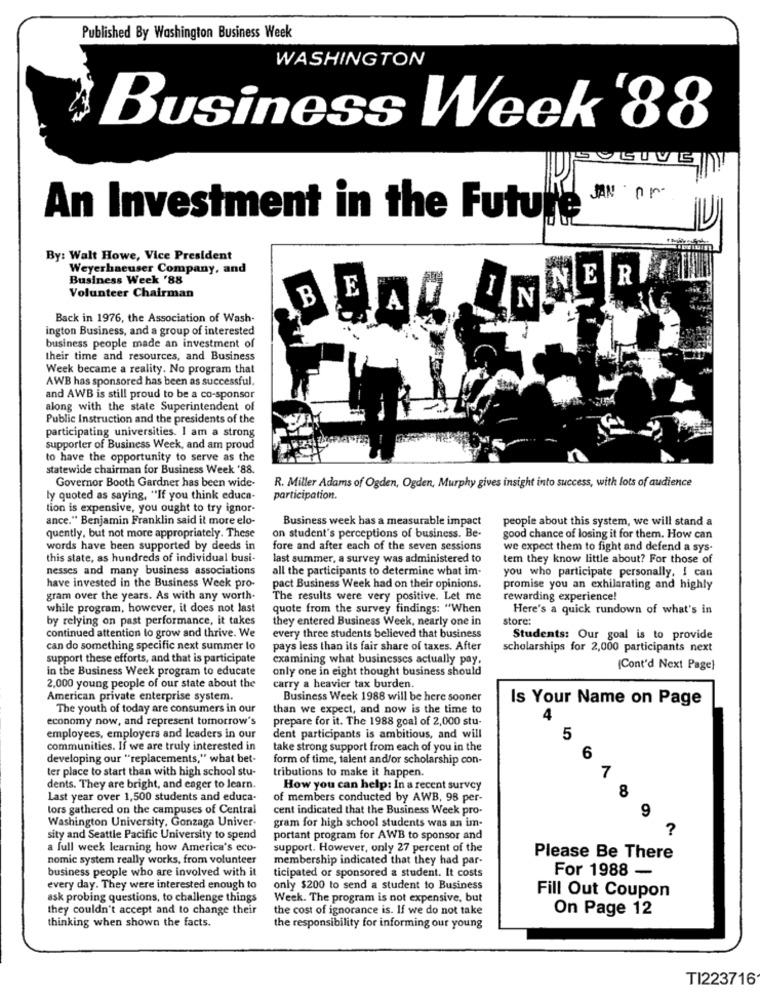
Published By Washington Business Week
WASHINGTON
Business Week '88
JAN Ar
An Investment in the Futu
By: Walt Howe, Vice President
Weyerhaeuser Company, and
Business Week '88
NE
A
Volunteer Chairman
IN.
Back in 1976, the Association of Wash-
ington Business, and a group of interested
business people made an investment of
their time and resources, and Business
Week became a reality. No program that
AWB has sponsored has been as successful.
and AWB is still proud to be a co-sponsor
along with the state Superintendent of
Public Instruction and the presidents of the
participating universities. I am a strong
supporter of Business Week, and am proud
to have the opportunity to serve as the
statewide chairman for Business Week '88.
Governor Booth Gardner has been wide-
R. Miller Adams of Ogden, Ogden, Murphy gives insight into success, with lots of audience
ly quoted as saying, "If you think educa-
participation.
tion is expensive, you ought to try ignor-
ance." Benjamin Franklin said it more elo-
Business week has a measurable impact
people about this system, we will stand a
quently, but not more appropriately. These
on student's perceptions of business. Be-
good chance of losing it for them. How can
words have been supported by deeds in
fore and after each of the seven sessions
we expect them to fight and defend a sys-
this state, as hundreds of individual busi-
last summer, a survey was administered to
tem they know little about? For those of
nesses and many business associations
all the participants to determine what im-
you who participate personally. I can
have invested in the Business Week pro-
pact Business Week had on their opinions.
promise you an exhilarating and highly
gram over the years. As with any worth-
The results were very positive. Let me
rewarding experience!
while program, however, it does not last
quote from the survey findings: "When
Here's a quick rundown of what's in
by relying on past performance, it takes
they entered Business Week, nearly one in
store:
continued attention to grow and thrive. We
every three students believed that business
Students: Our goal is to provide
can do something specific next summer lo
pays less than its fair share of taxes. After
scholarships for 2,000 participants next
support these efforts, and that is participate
examining what businesses actually pay.
in the Business Week program to educate
only one in eight thought business should
(Cont'd Next Page)
2,000 young people of our state about the
carry a heavier tax burden.
American private enterprise system.
Business Week 1988 will be here sooner
Is Your Name on Page
The youth of today are consumers in our
than we expect, and now is the time to
economy now, and represent tomorrow's
prepare for it. The 1988 goal of 2,000 stu-
4
employees, employers and leaders in our
dent participants is ambitious, and will
5
communities. If we are truly interested in
take strong support from each of you in the
developing our "replacements," what bet-
form of time, talent and/or scholarship con-
6
ter place to start than with high school stu-
tributions to make it happen.
1
dents. They are bright, and eager to learn.
How you can help: In a recent survey
Last year over 1,500 students and educa-
of members conducted by AWB, 98 per-
tors gathered on the campuses of Central
cent indicated that the Business Week pro-
Washington University, Gonzaga Univer-
gram for high school students was an im-
sity and Seattle Pacific University to spend
portant program for AWB to sponsor and
a full week learning how America's eco-
support. However, only 27 percent of the
nomic system really works, from volunteer
membership indicated that they had par-
Please Be There
business people who are involved with it
For 1988 -
ticipated or sponsored a student. It costs
every day. They were interested enough to
only $200 to send a student to Business
ask probing questions, to challenge things
Week. The program is not expensive, but
Fill Out Coupon
they couldn't accept and to change their
the cost of ignorance is. If we do not take
On Page 12
thinking when shown the facts.
the responsibility for informing our young
TI223716